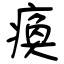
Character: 瘓